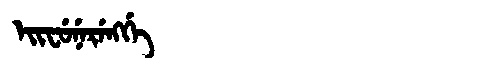
Manchu: ᡝᡳᠸᡠᠨᡝᡵᡝᠩᡤᡝ
Romanization: EIFUNERENGGE